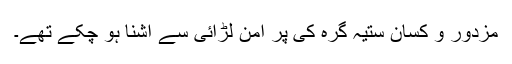
مزدور و کسان ستیہ گرہ کی پُر امن لڑائی سے آشنا ہو چکے تھے۔